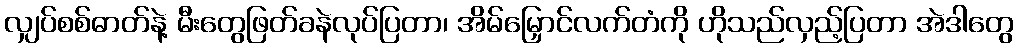
လျှပ်စစ်ဓာတ်နဲ့ မီးတွေဖြတ်ခနဲလုပ်ပြတာ၊ အိမ်မြှောင်လက်တံကို ဟိုသည်လှည့်ပြတာ အဲဒါတွေ